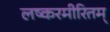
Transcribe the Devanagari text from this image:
लष्करमीरितम्